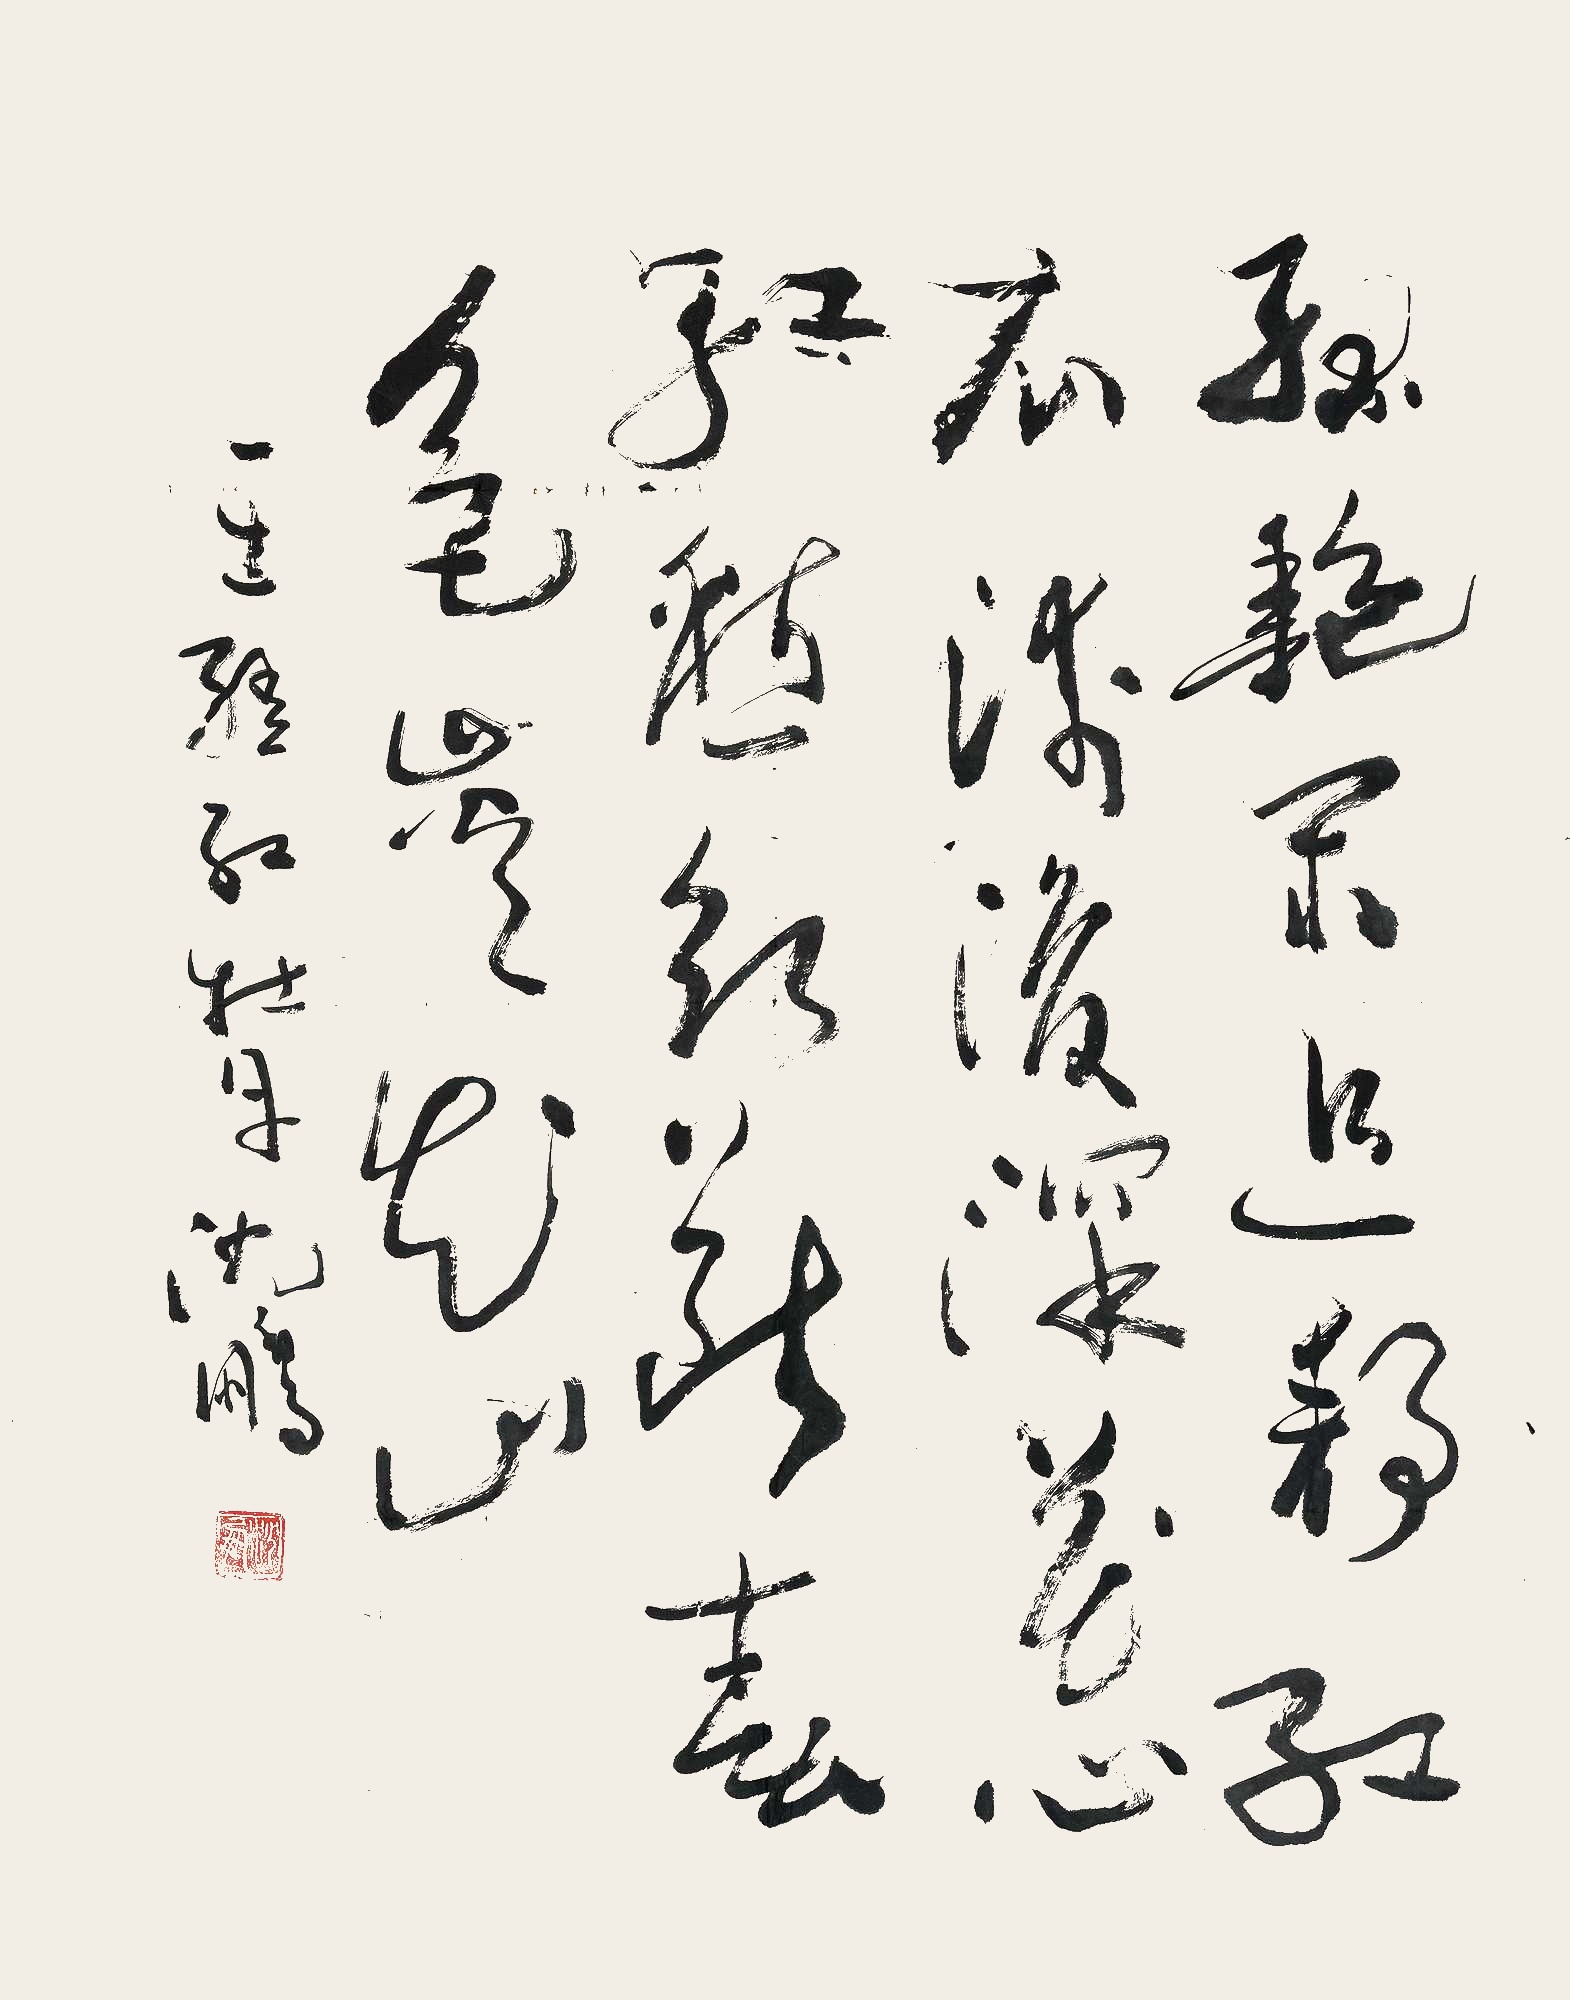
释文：绿艶闲且静，红衣浅复深。花心愁欲断，春色岂知心。王维红牡丹，沈鹏。